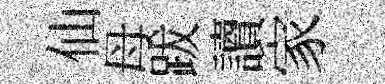
仙母跋讀家